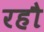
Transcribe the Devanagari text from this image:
रहौ